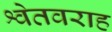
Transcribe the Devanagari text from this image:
श्वेतवराह